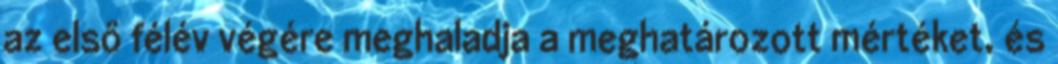
az első félév végére meghaladja a meghatározott mértéket, és